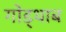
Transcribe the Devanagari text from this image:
गोड्थाब